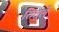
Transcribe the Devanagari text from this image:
तितूले